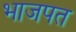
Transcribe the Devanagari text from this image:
भाजपत